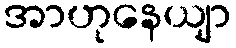
အာဟုနေယျာ